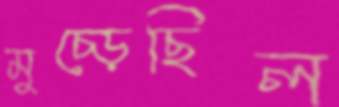
মুচ্‌ড়েছিল